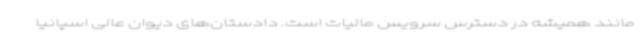
مانند همیشه در دسترس سرویس مالیات است. دادستان‌های دیوان عالی اسپانیا